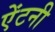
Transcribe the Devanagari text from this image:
ऐंटनी